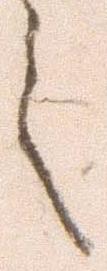
言